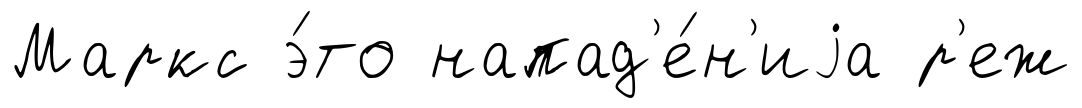
Маркс э́то напад'е́н'иjа р'еж